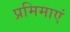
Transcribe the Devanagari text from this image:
प्रमिमाएं